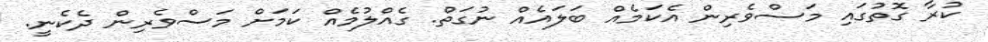
ކުރާ ގޮތުގައި މަސްވެރިން އެކަމެއް ބަލައެއް ނުގަތް. ގެއްލުމެއް ކަމަށް މަސްވެރިން ދެކެނީ.